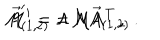
{ \cal M } ^ { \prime } = \Lambda { \cal M } \Lambda ^ { T } \, , \hspace { 1 c m } \vec { A } _ { ( 1 , 2 ) } ^ { \prime } = \Lambda \vec { A } _ { ( 1 , 2 ) } \, .